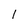
Character: l